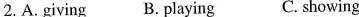
2.A. Giving B. Playing C. showing